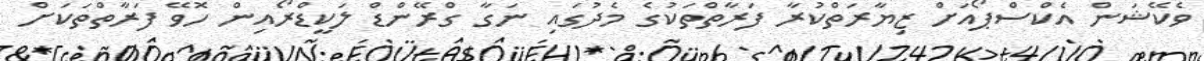
ވެކޭޝަން އެކްސްޕޯއަށް ޒިޔާރަތްކުރާ ފަރާތްތަކުގެ މެދުގައި ނަގާ ގްރޭންޑް ލަކީޑްރޯއިން ހޮވޭ ފަރާތްތަކަށް